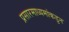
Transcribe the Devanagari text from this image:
प्रसारमाध्यमांकडुन